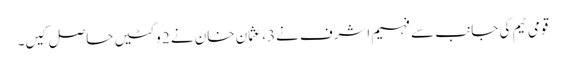
قومی ٹیم کی جانب سے فہیم اشرف نے3، عثمان خان نے 2 وکٹیں حاصل کیں۔